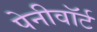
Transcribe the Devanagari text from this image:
पेनीवॉर्ट